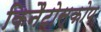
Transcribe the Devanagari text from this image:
किनैटोस्कोप